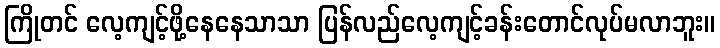
ကြိုတင် လေ့ကျင့်ဖို့နေနေသာသာ ပြန်လည်လေ့ကျင့်ခန်းတောင်လုပ်မလာဘူး။